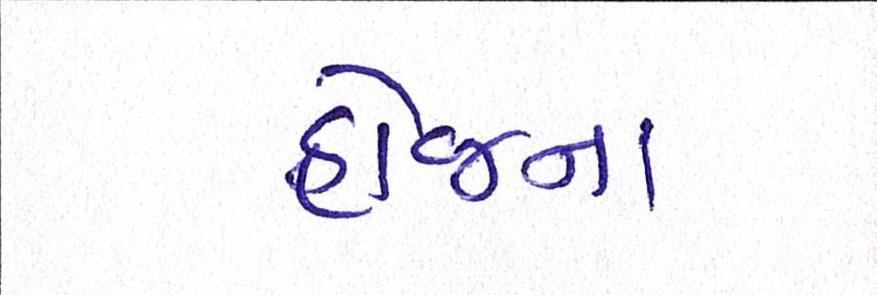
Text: હોજના